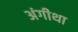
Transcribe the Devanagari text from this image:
अंगीथा